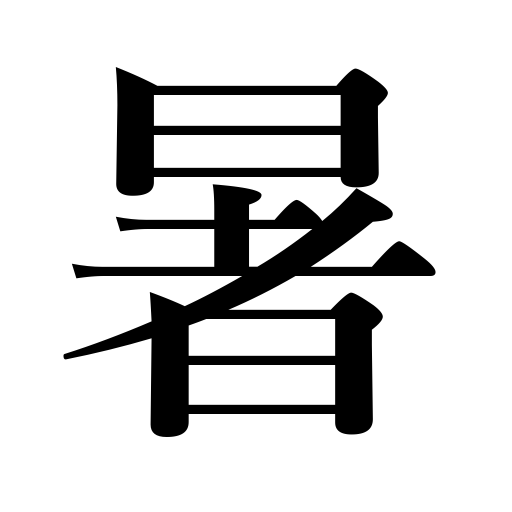
Meanings: warm,summer heat,hot,sultry